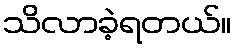
သိလာခဲ့ရတယ်။